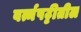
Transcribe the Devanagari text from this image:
वर्त्मपट्टीतील